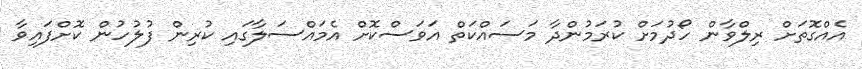
އެއްގޮތަށް ރިލްވާން ހޯދުމަށް ކުރަމުންދާ މަސައްކަތް އަވަސްކޮށް އެމައްސަލާގައި ކުރިން ފުލުހުން ކޮށްފައިވާ